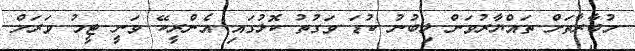
މުބާރާތަށް ތައްޔާރުވަން ލިބުނު ކުޑަ ވަގުތު ކޮޅުގައި އެންރީކޭ ވަނީ ޓީމު ވަރަށް